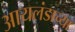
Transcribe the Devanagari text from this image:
आयलंडाच्या